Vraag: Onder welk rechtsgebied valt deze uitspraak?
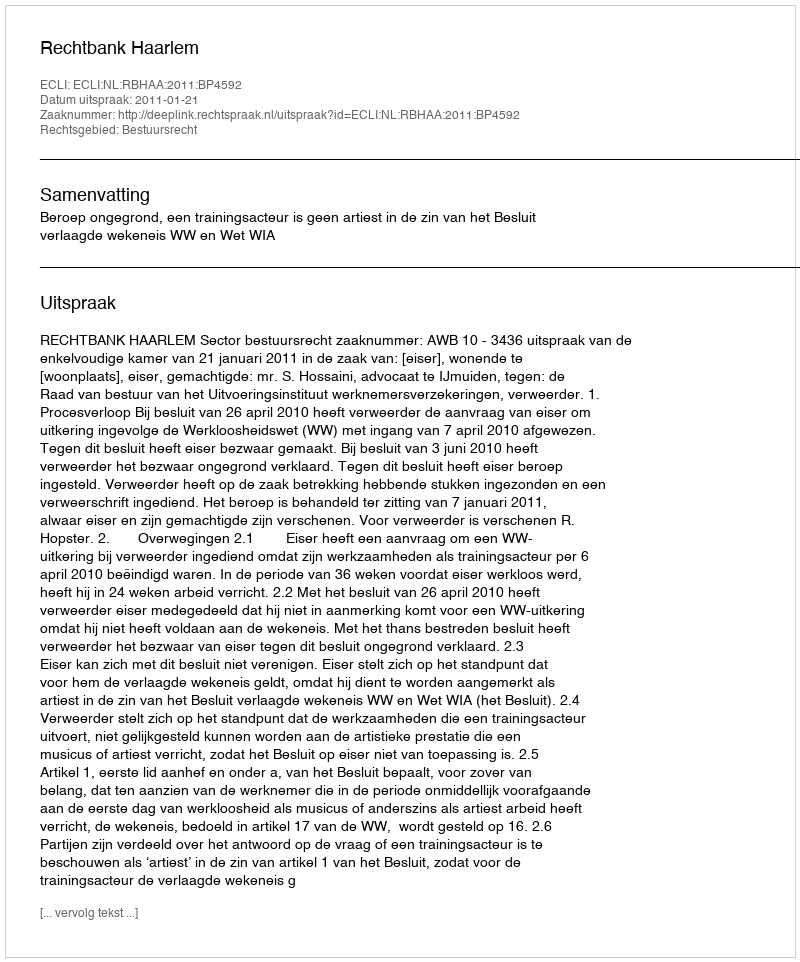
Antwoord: Bestuursrecht